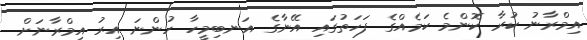
އިމްރާނު ކުރާ ކޮންމެ ކަމެއްގެ ފަހަތުގައި އޭނާގެ އަނބިމީހާ ހުންނަ އިރު އިމްރާނަށް